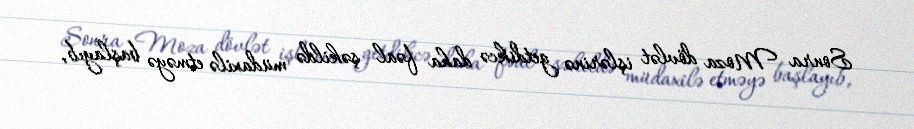
Sonra Moza dövlət işlərinə getdikcə daha fəal şəkildə müdaxilə etməyə başlayıb,